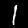
Label: 1